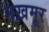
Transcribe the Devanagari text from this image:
मख़मूर